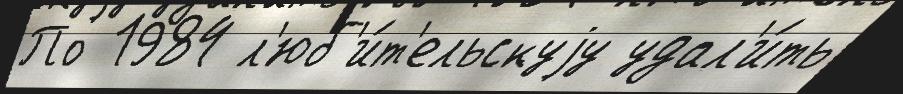
По 1984 л'юб'и́т'ельскуjу удал'и́ть